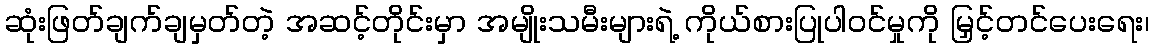
ဆုံးဖြတ်ချက်ချမှတ်တဲ့ အဆင့်တိုင်းမှာ အမျိုးသမီးများရဲ့ ကိုယ်စားပြုပါဝင်မှုကို မြှင့်တင်ပေးရေး၊